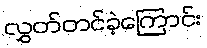
လွှတ်တင်ခဲ့ကြောင်း